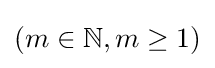
(m\in \mathbb {N} ,m\geq 1)